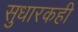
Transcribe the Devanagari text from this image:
सुधारकही